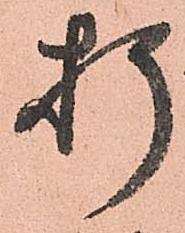
折